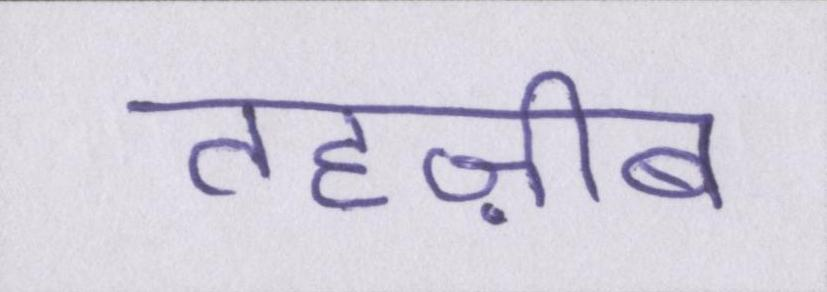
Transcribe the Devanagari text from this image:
तहज़ीब